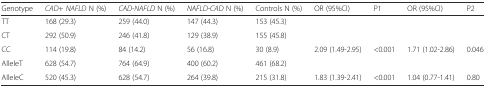
<table><thead><tr><td><b>Genotype</b></td><td><b><i>CAD</i>+ <i>NAFLD</i> N (%)</b></td><td><b><i>CAD</i>-<i>NAFLD</i> N (%)</b></td><td><b><i>NAFLD</i>-<i>CAD</i> N (%)</b></td><td><b>Controls N (%)</b></td><td><b>OR (95%CI)</b></td><td><b>P1</b></td><td><b>OR (95%CI)</b></td><td><b>P2</b></td></tr></thead><tbody><tr><td>TT</td><td>168 (29.3)</td><td>259 (44.0)</td><td>147 (44.3)</td><td>153 (45.3)</td><td></td><td></td><td></td><td></td></tr><tr><td>CT</td><td>292 (50.9)</td><td>246 (41.8)</td><td>129 (38.9)</td><td>155 (45.8)</td><td></td><td></td><td></td><td></td></tr><tr><td>CC</td><td>114 (19.8)</td><td>84 (14.2)</td><td>56 (16.8)</td><td>30 (8.9)</td><td>2.09 (1.49-2.95)</td><td>&lt;0.001</td><td>1.71 (1.02-2.86)</td><td>0.046</td></tr><tr><td>AlleleT</td><td>628 (54.7)</td><td>764 (64.9)</td><td>400 (60.2)</td><td>461 (68.2)</td><td></td><td></td><td></td><td></td></tr><tr><td>AlleleC</td><td>520 (45.3)</td><td>628 (54.7)</td><td>264 (39.8)</td><td>215 (31.8)</td><td>1.83 (1.39-2.41)</td><td>&lt;0.001</td><td>1.04 (0.77-1.41)</td><td>0.80</td></tr></tbody></table>